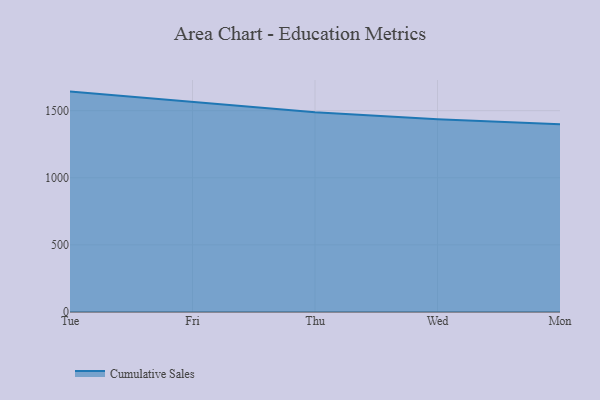
{"axis": {"x": "Day", "y": "Waste Production (Tons)"}, "legend": ["Cumulative Sales"], "data": [{"x": "Tue", "y": 1642.1, "type": "Cumulative Sales"}, {"x": "Fri", "y": 1563.0, "type": "Cumulative Sales"}, {"x": "Thu", "y": 1489.1, "type": "Cumulative Sales"}, {"x": "Wed", "y": 1436.8, "type": "Cumulative Sales"}, {"x": "Mon", "y": 1399.4, "type": "Cumulative Sales"}]}